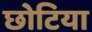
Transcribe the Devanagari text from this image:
छोटिया